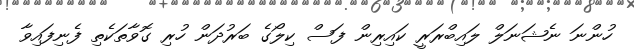
ހުންނަ ނެޝަނަލް ލައިބްރަރީ ކައިރިން ފަސް ކިލޯގެ ބަރުދަން ހުރި ގޮވާތަކެތި ފެނިފައިވާ